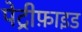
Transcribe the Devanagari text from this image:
पेट्रीफ़ाइड